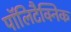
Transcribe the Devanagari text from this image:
पॉलिटैक्निक